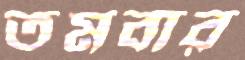
তমবার